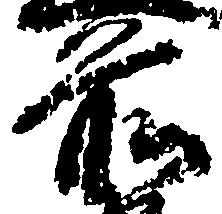
前